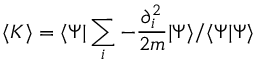
\langle K \rangle = \langle \Psi \vert \sum _ { i } - \frac { \partial _ { i } ^ { 2 } } { 2 m } \vert \Psi \rangle / \langle \Psi \vert \Psi \rangle